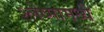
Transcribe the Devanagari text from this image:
श्लेष्मामध्ये